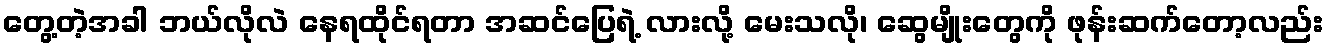
တွေ့တဲ့အခါ ဘယ်လိုလဲ နေရထိုင်ရတာ အဆင်ပြေရဲ့ လားလို့ မေးသလို၊ ဆွေမျိုးတွေကို ဖုန်းဆက်တော့လည်း